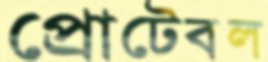
প্রোটেবল